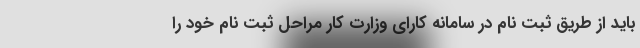
باید از طریق ثبت نام در سامانه کارای وزارت کار مراحل ثبت نام خود را